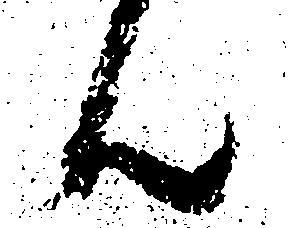
ん